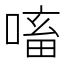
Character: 㗜